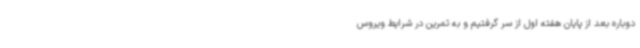
دوباره بعد از پایان هفته اول از سر گرفتیم و به تمرین در شرایط ویروس